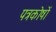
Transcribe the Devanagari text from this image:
पत्रकोषों